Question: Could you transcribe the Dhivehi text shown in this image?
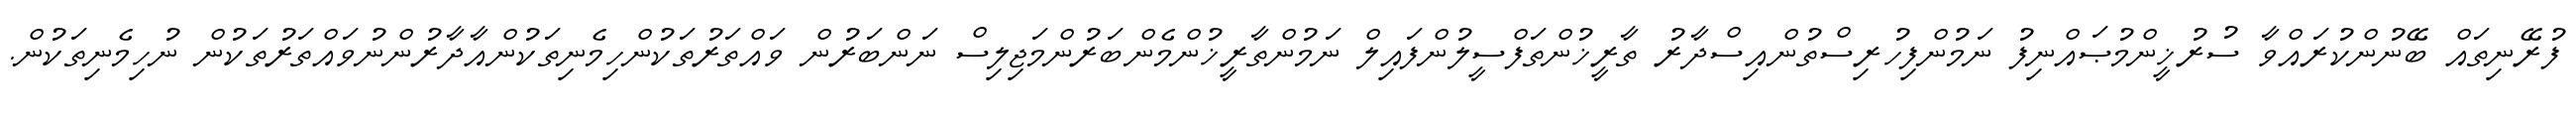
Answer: ފުރޭނިތައް ބޭނުންކުރައްވާ ސުރުޚީންމުޞައްނިފު ނަމުންފިހުރިސްތުންއިސްދާރު ތާރީޚުންތަފްސީލުންފައިލް ނަމުންތާރީޚުންމެންބަރުންމަޖިލިސް ނަންބަރުން ވައްތަރުތަކުންހިމެނިތަކުންއާދާރުންނުވައްތަރުތަކުން ނުހިމެނިތަކުން.